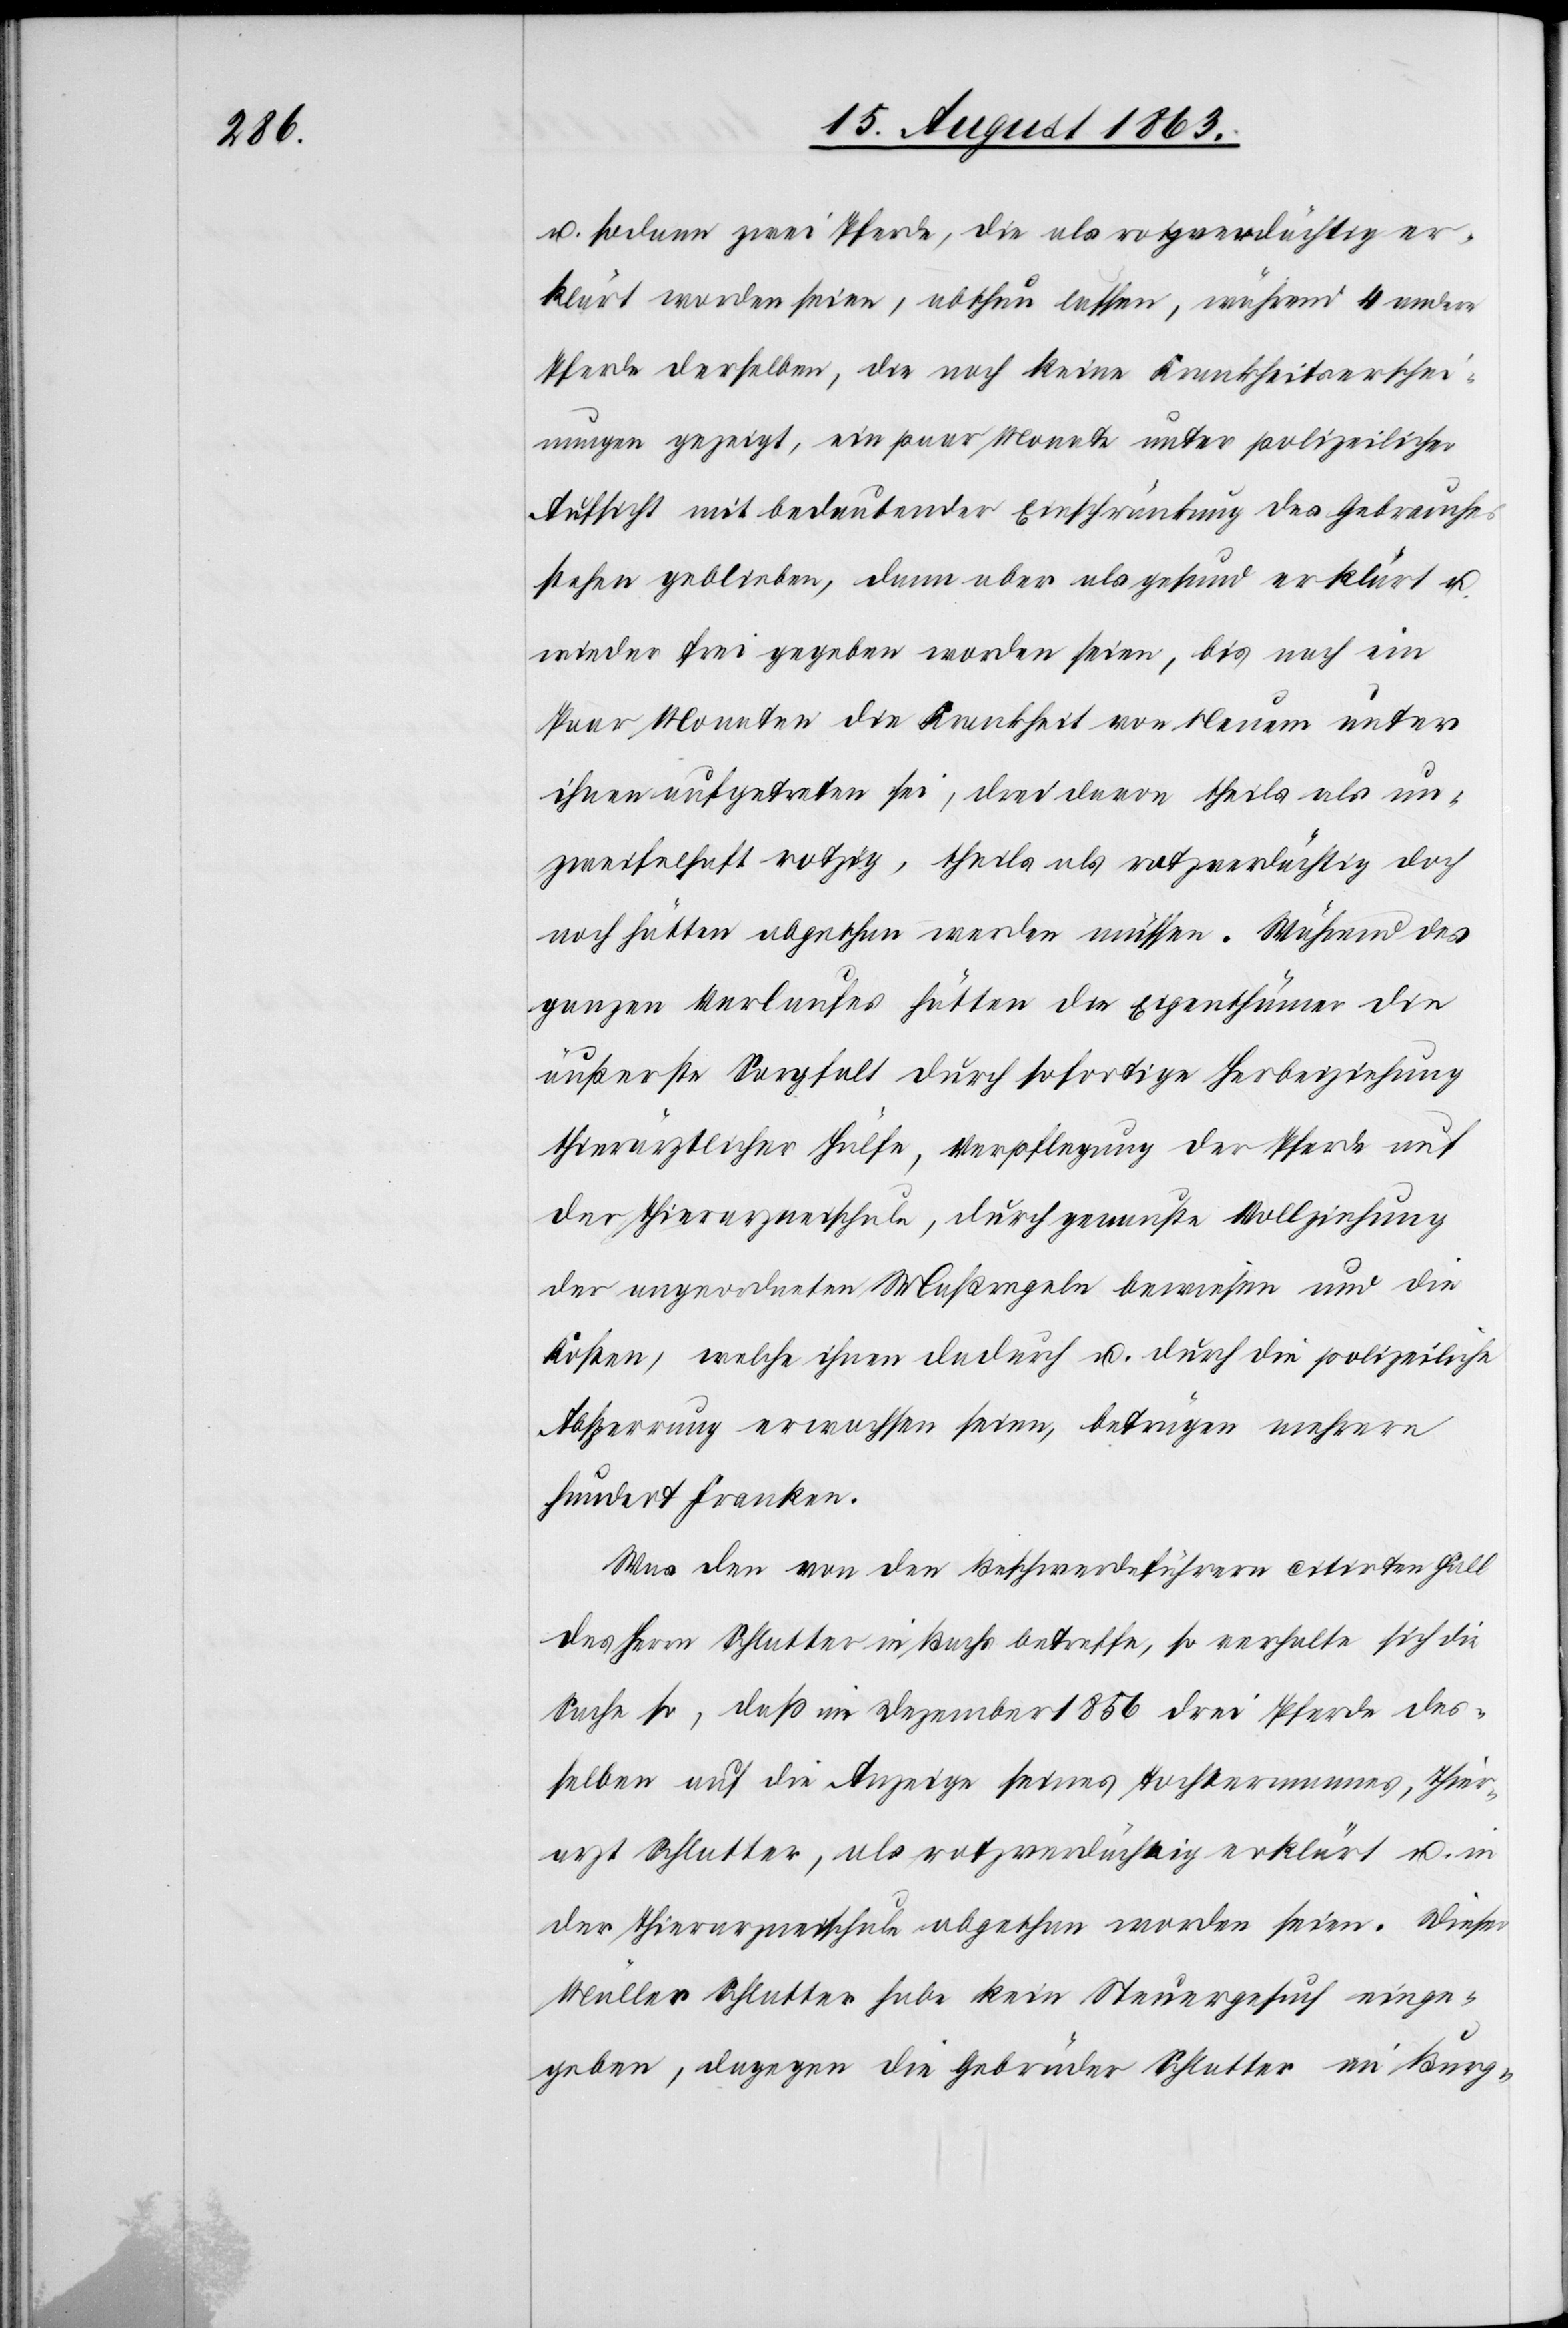
u. sodann zwei Pferde, die als rotzverdächtig er¬
klärt worden seien, abthun lassen, während 4 andere
Pferde derselben, die noch keine Krankheitserschei¬
nungen gezeigt, ein paar Monate unter polizeilicher
Aufsicht mit bedeutender Einschränkung des Gebrauches
stehen geblieben, dann aber als gesund erklärt u.
wieder frei gegeben worden seien, bis nach ein
Paar Monaten die Krankheit von Neuem unter
ihnen aufgetreten sei, drei davon theils als un¬
zweifelhaft rotzig, theils als rotzverdächtigt doch
noch hätten abgethan werden müssen. Während des
ganzen Verlaufes hätten die Eigenthümer die
äußerste Sorgfalt durch sofortige Herbeiziehung
thierärztlicher Hülfe, Verpflegung der Pferde auf
der Thierarzneischule, durch genauste Vollziehung
der angeordneten Maßregeln bewiesen und die
Kosten, welche ihnen dadurch u. durch die polizeiliche
Absperrung erwachsen seien, betrügen mehrere
hundert Franken.
Was den von den Beschwerdeführern citirten Fall
des Herrn Schlatter in Buchs betreffe, so verhalte sich die
Sache so, daß im Dezember 1856 drei Pferde des¬
selben auf die Anzeige seines Tochtermannes, Thier¬
arzt Schlatter, als rotzverdächtig erklärt u. in
der Thierarzneischule abgethan worden seien. Dieser
Müller Schlatter habe kein Steuergesuch einge¬
geben, dagegen die Gebrüder Schlatter im Burg-